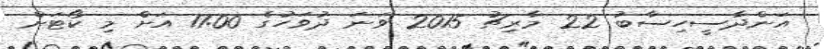
އަންދާސީހިސާބު 22 މާރިޗު 2015 ވަނަ ދުވަހުގެ 11:00 އަށް މި ކޯޓަށް